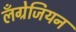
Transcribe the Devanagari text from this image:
लँग्रेजियन